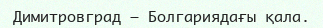
Димитровград — Болгариядағы қала.